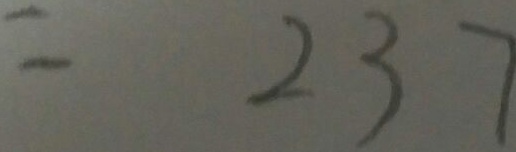
= 2 3 7